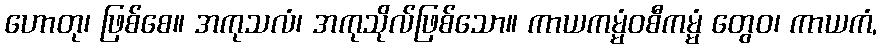
ဟောတု၊ ဖြစ်စေ။ အကုသလံ၊ အကုသိုလ်ဖြစ်သော။ ကာယကမ္မံဝစီကမ္မံ တွေဝ၊ ကာယကံ,